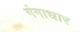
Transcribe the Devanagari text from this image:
गंगाधार